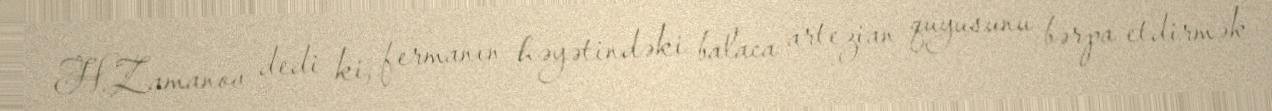
H.Zamanov dedi ki, fermanın həyətindəki balaca artezian quyusunu bərpa etdirmək